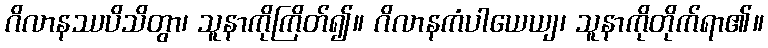
ဂိလာနဿပိသိတွာ၊ သူနာကိုကြိတ်၍။ ဂိလာနကံပါယေယျ၊ သူနာကိုတိုက်ရာ၏။